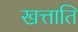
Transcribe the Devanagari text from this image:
खत्ताति